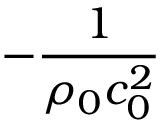
- \frac { 1 } { \rho _ { 0 } c _ { 0 } ^ { 2 } }